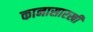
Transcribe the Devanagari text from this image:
कानासारखी